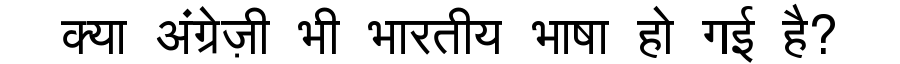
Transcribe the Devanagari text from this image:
क्या अंग्रेज़ी भी भारतीय भाषा हो गई है?